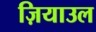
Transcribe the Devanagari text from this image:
ज़ियाउल